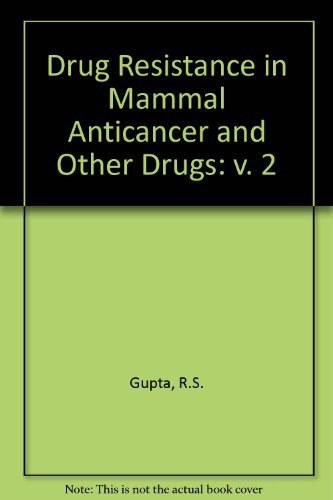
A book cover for Drug Resistance In Mammal Anticancer & Other Drugs; Radhey S. Gupta; Medical Books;